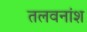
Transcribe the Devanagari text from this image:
तलवनांश